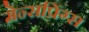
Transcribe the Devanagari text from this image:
मेन्सप्रिंग्स